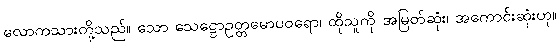
လောကသားတို့သည်။ သော သေဋ္ဌောဥတ္တမောပဝရော၊ ထိုသူကို အမြတ်ဆုံး၊ အကောင်းဆုံးဟု။